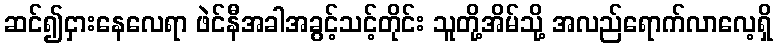
ဆင်၍ငှားနေလေရာ ဖဲင်နီအခါအခွင့်သင့်တိုင်း သူတို့အိမ်သို့ အလည်ရောက်လာလေ့ရှိ